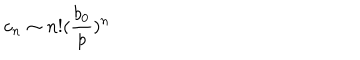
c _ { n } \sim n ! ( \frac { b _ { 0 } } { p } ) ^ { n }